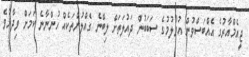
ޖީއެމްއާރުގެ އެއްބަސްވުން އުވާލުމުގެ ސަބަބުން ދައުލަތަށް ލިބޭނެ ގެއްލުންތަކެއް ހުންނާނެ ކަމަށް ވިދާޅުވެ